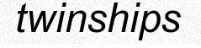
twinships